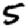
Digit: 5